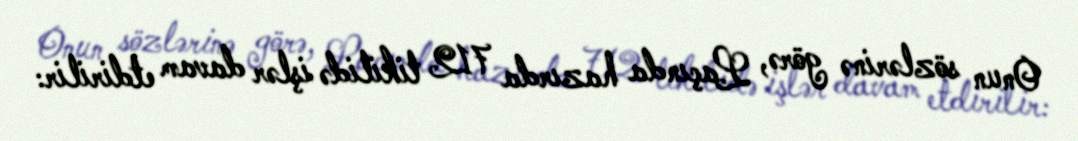
Onun sözlərinə görə, Laçında hazırda 712 tikilidə işlər davam etdirilir: